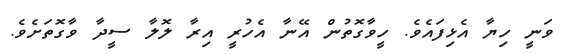
ވަނީ ހިޔާ އެޅިފައެވެ. ހީވާގޮތުން އޭނާ އެހުރީ އިރާ ލޮލާ ސީދާ ވާގޮތަށެވެ.